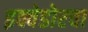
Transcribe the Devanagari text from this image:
इक्वेडोरचा